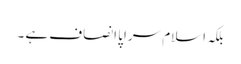
بلکہ اسلام سراپا انصاف ہے ۔